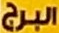
البرج